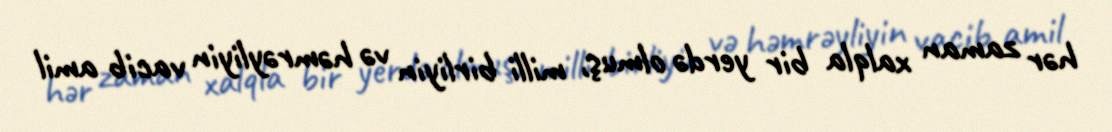
hər zaman xalqla bir yerdə olmuş, milli birliyin və həmrəyliyin vacib amil